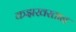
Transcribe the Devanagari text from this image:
कझखस्तान